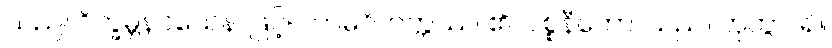
သည်။ ဝိက္ခမ္ဘနဝသေန၊ ဖြင့်။ ကာမဝိတက္ကဿ၊ ၏။ ပစ္စနီကော၊ သည်။ ဟုတွာ၊ ၍။